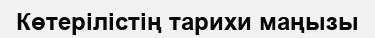
Көтерілістің тарихи маңызы